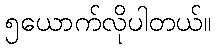
၅ယောက်လိုပါတယ်။